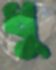
ধু